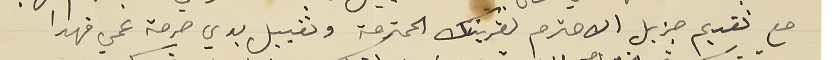
مع تقديم جزيل الاحترام لقرينتك المحترمة وتقبيل يدي حرمة عمي فهدا